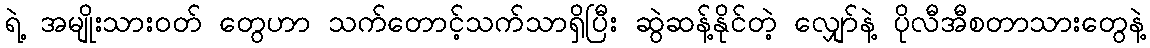
ရဲ့ အမျိုးသားဝတ် တွေဟာ သက်တောင့်သက်သာရှိပြီး ဆွဲဆန့်နိုင်တဲ့ လျှော်နဲ့ ပိုလီအီစတာသားတွေနဲ့